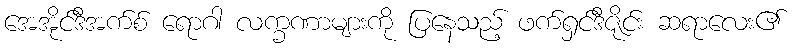
အေအိုင်ဒီအက်စ် ရောဂါ လက္ခဏာများကို ပြနေသည့် ဖက်ရှင်ဒီဇိုင်း ဆရာလေး၏